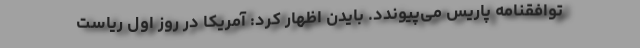
توافقنامه پاریس می‌پیوندد. بایدن اظهار کرد: آمریکا در روز اول ریاست